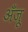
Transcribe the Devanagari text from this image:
अँजू